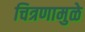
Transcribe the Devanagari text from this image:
चित्रणामुळे